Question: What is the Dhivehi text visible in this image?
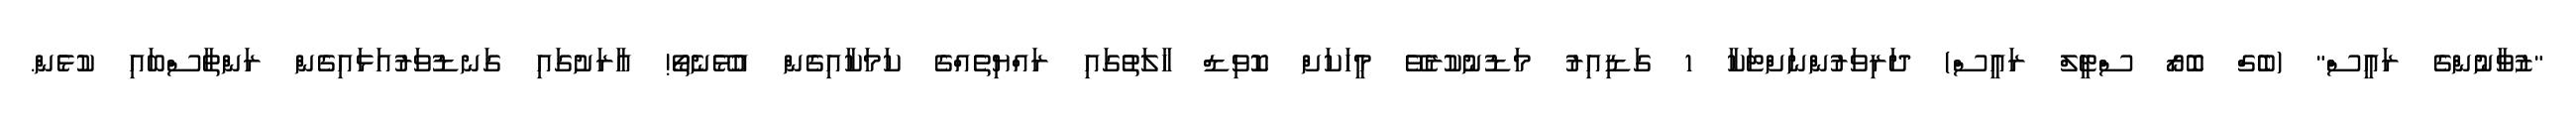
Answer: "ޒުވާނުންގެ ރައީސް" (ބެގް ބޮރޯ ސްޓީލް ރައީސް) ދަރިވަރުންނަށްޓަކާ 1 ގަޑިއިރު މަޑުނުކުރެވޭ މީހަކަށް ކޮވިޑް ހާލަތުގައި ރައްޔިތެއްގެ ކަމަކާއިގެން އުޅޭނެތޯ! އާރަށުގައި ގަނޑުވަރުއަޅައިގެން ރަންތާސްބައި ކުޅެން.